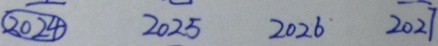
\textcircled { 2 0 2 4 } 2 0 2 5 2 0 2 6 \widehat { 2 0 2 7 }